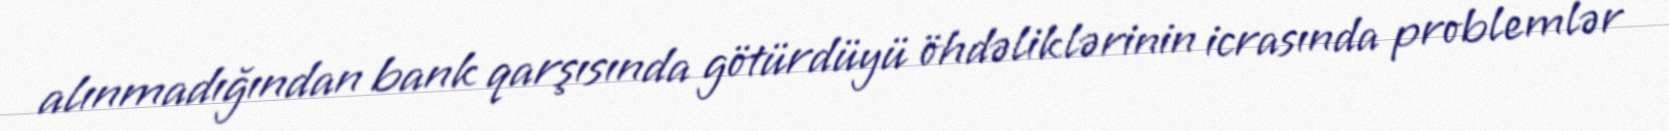
alınmadığından bank qarşısında götürdüyü öhdəliklərinin icrasında problemlər